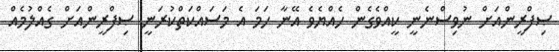
ޞިފްރީންއަށް ނުވިސްނެނީ ކީއްވެގެން ހެއްޔެވެ އޭނާ ހަމަ އެ މަސައްކަތްކުރަނީ ޞިފްރީންއަށް ގެއްލުމެއް